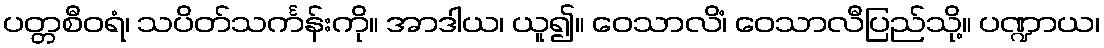
ပတ္တစီဝရံ၊ သပိတ်သင်္ကန်းကို။ အာဒါယ၊ ယူ၍။ ဝေသာလိံ၊ ဝေသာလီပြည်သို့။ ပဏ္ဍာယ၊